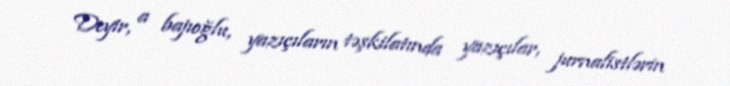
Deyir, a bajıoğlu, yazıçıların təşkilatında yazıçılar, jurnalistlərin